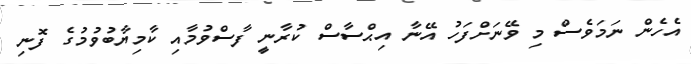
އެހެން ނަމަވެސް މި ވޭނަށްފަހު އޭނާ އިޙްސާސް ކުރާނީ ފާސްވުމާއި ކާމިޔާބުވުމުގެ ފޮނި